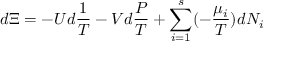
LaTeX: d \Xi = - U d { \frac { 1 } { T } } - V d { \frac { P } { T } } + \sum _ { i = 1 } ^ { s } ( - { \frac { \mu _ { i } } { T } } ) d N _ { i }